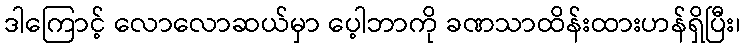
ဒါကြောင့် လောလောဆယ်မှာ ပေ့ါဘာကို ခဏသာထိန်းထားဟန်ရှိပြီး၊